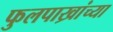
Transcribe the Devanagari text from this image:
फुलपाख्रांच्या